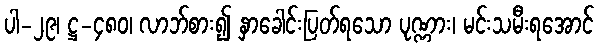
ပါ-၂၉၊ ဋ္ဌ-၄၈၀၊ လာဘ်စား၍ နှာခေါင်းပြတ်ရသော ပုဏ္ဏား၊ မင်းသမီးရအောင်